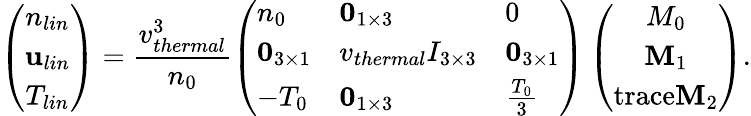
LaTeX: \left(\begin{array}{c}{n_{lin}}\\ {\mathbf{u}_{lin}}\\ {T_{lin}}\end{array}\right)=\frac{v_{thermal}^{3}}{n_{0}}\left(\begin{array}{lll}{n_{0}}&{\mathbf{0}_{1\times 3}}&{0}\\ {\mathbf{0}_{3\times 1}}&{v_{thermal}I_{3\times 3}}&{\mathbf{0}_{3\times 1}}\\ {-T_{0}}&{\mathbf{0}_{1\times 3}}&{\frac{T_{0}}{3}}\end{array}\right)\left(\begin{array}{c}{M_{0}}\\ {\mathbf{M}_{1}}\\ {\mathrm{trace}\mathbf{M}_{2}}\end{array}\right).